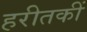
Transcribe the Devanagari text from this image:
हरीतकीं